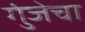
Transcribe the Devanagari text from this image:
गुंजेचा